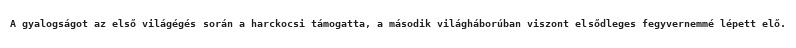
A gyalogságot az első világégés során a harckocsi támogatta, a második világháborúban viszont elsődleges fegyvernemmé lépett elő.